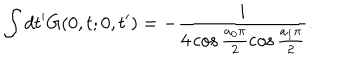
\int d t ^ { \prime } G ( 0 , t ; 0 , t ^ { \prime } ) = - \frac { i } { 4 \cos \frac { a _ { 0 } \pi } { 2 } \cos \frac { a _ { 1 } \pi } { 2 } } .